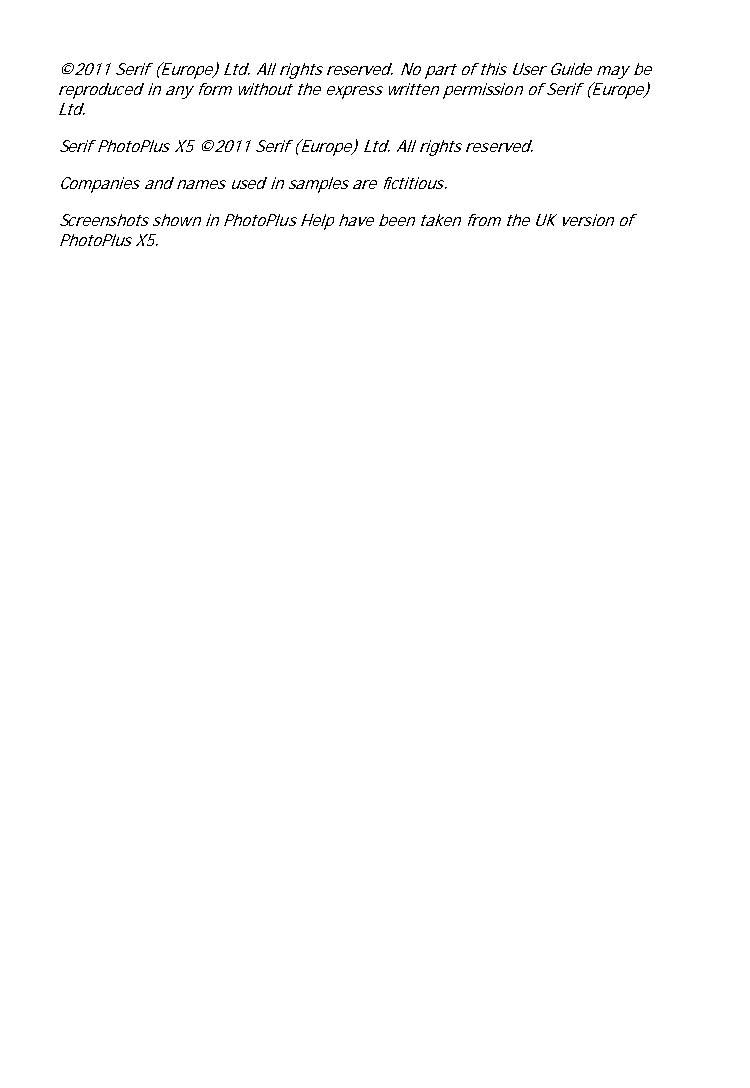
©2011 Serif (Europe) Ltd. All rights reserved. No part of this User Guide may be
 reproduced in any form without the express written permission of Serif (Europe)
 Ltd.
 Serif PhotoPlus X5 ©2011 Serif (Europe) Ltd. All rights reserved.
 Companies and names used in samples are fictitious.
 Screenshots shown in PhotoPlus Help have been taken from the UK version of
 PhotoPlus X5.